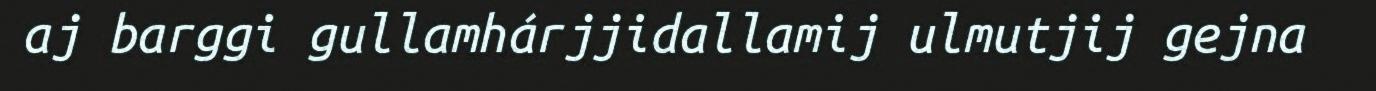
aj barggi gullamhárjjidallamij ulmutjij gejna